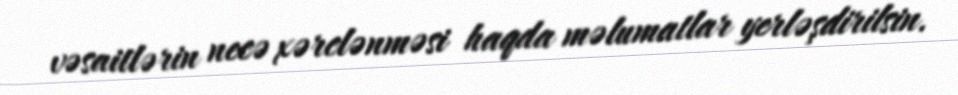
vəsaitlərin necə xərclənməsi haqda məlumatlar yerləşdirilsin.